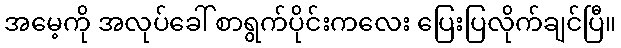
အမေ့ကို အလုပ်ခေါ် စာရွက်ပိုင်းကလေး ပြေးပြလိုက်ချင်ပြီ။